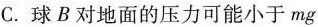
C.球B对地面的压力可能小于mg